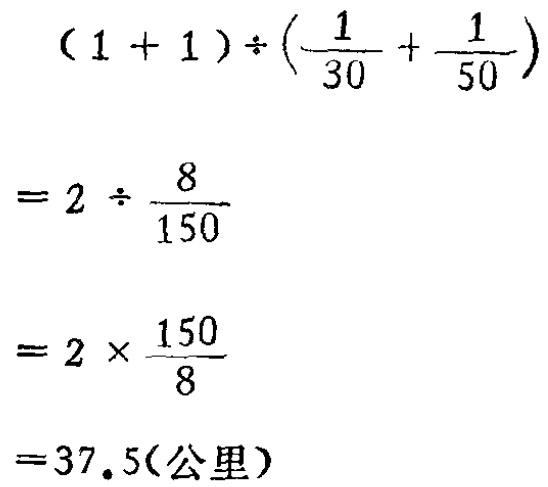
\[

\begin{align*}

&(1 + 1)\div(\frac{1}{30}+\frac{1}{50})\\

=&2\div\frac{8}{150}\\

=&2\times\frac{150}{8}\\

=&37.5(\text{公里})

\end{align*}

\]